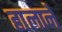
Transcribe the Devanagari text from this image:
हालानें